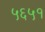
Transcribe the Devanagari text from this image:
५६५१